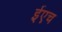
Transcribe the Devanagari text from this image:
ईएच